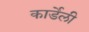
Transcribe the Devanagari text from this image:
कार्डेली